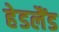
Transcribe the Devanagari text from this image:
हेडलैंड